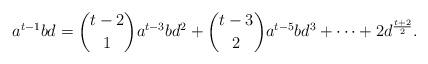
LaTeX: \begin{align*}a^{t-1}bd=\binom{t-2}{1}a^{t-3}bd^2+\binom{t-3}{2}a^{t-5}bd^3+\cdots+2d^{\frac{t+2}{2}}.\end{align*}